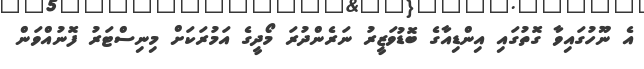
އެ ނޫހުގައިވާ ގޮތުގައި އިންޑިއާގެ ބޮޑުވަޒީރު ނަރެންދުރަ މޯދީގެ އަމުރަކަށް މިނިސްޓަރު ފޮނުއްވަން